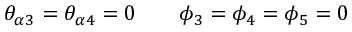
\theta _ { \alpha 3 } = \theta _ { \alpha 4 } = 0 \qquad \phi _ { 3 } = \phi _ { 4 } = \phi _ { 5 } = 0